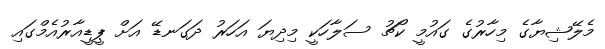
މެލޭޝިޔާގެ މިހާރުގެ ގައުމީ ކޯޗު ސަލާހަކީ މިދިޔަ އަހަރު ދަގަނޑޭ އަށް ޕީޑީއާރުއެމްގައި